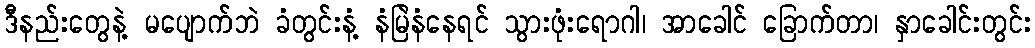
ဒီနည်းတွေနဲ့ မပျောက်ဘဲ ခံတွင်းနံ့ နံမြဲနံနေရင် သွားဖုံးရောဂါ၊ အာခေါင် ခြောက်တာ၊ နှာခေါင်းတွင်း